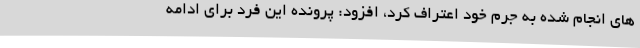
های انجام شده به جرم خود اعتراف کرد، افزود: پرونده این فرد برای ادامه